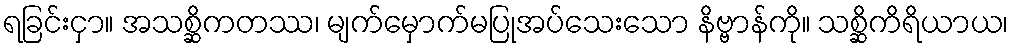
ရခြင်းငှာ။ အသစ္ဆိကတဿ၊ မျက်မှောက်မပြုအပ်သေးသော နိဗ္ဗာန်ကို။ သစ္ဆိကိရိယာယ၊